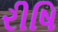
રીષિ